Civil Veterinary Department. United Provinces 1912-22 - 1912-1922
Year: 1912
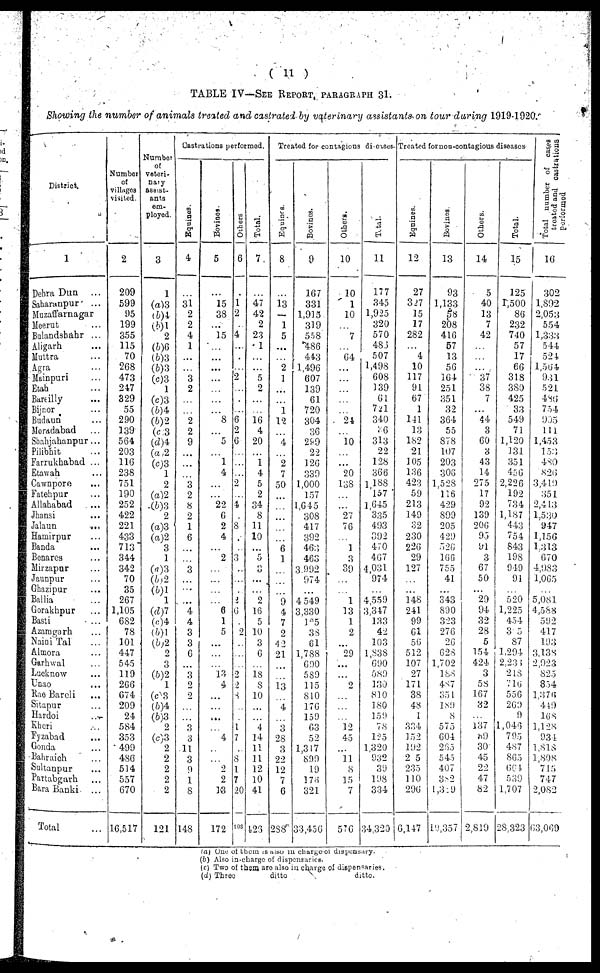
(11)
TABLE IV—SEE REPORT, PARAGRAPHS 31.
Showing the number of animals treated and castrated by vaterinary assistants on tour during 1919-1920.
District
1
Dehra Dun
...
Saharanpur
...
Muzaffarnagar
Meerut ...
Bulandshahr
...
Aligarh ...
Muttra ...
Agra ...
Mainpuri ...
Etah ...
Bareilly ...
Bijnor ...
Budaun ...
Moradabad ...
Snahjahanpur ...
Pilibhit ...
Farrukhabad ...
Etawah ...
Cawnpore ...
Fatehpur ...
Allahabad ...
Jhansi ...
Jalaun
...
Hamirpur ...
Banda ...
Benares ...
Mirzapur ...
Jaunpur ...
Ghazipur ...
Ballia ...
Gorakhpur ...
Basti
...
Azamgarh ...
Naini Tal ...
Minora ...
Garhwal ...
Lacknow ...
Unao ...
Rae Bareli ...
Sitapur ...
Hardoi ...
Kheri ...
Fyzabad ...
Gonda ...
Bahraich ...
Sultanpur ...
Partabgarh ...
Bara Bauki
...
Total ...
Number
of
villages
visited
2
209
599
95
199
355
115
70
268
473
247
329
55
290
139
564
203
11(5
238
751
190
252
422
221
433
713
344
342
70
35
267
1,105
682
78
101
447
545
119
266
674
209
24
584
353
499
486
514
557
670
16,517
Number
of
veteri-
nary
assist-
ants
em-
ployed.
3
1
(a)3
(b)4
(b)1
2
(b)6
(b)3
(b)3
(c)3
1
(c)3
(b)4
(b)2
(c) 3
(d)4
(a) 2
(c)3
1
2
(a)2
(b)3
2
(a)3
(a)2
3
1
(a)3
(b)2
(b1
1
(d)7
(c)4
(b)1
(b)2
2
3
(b)2
1
(c)3
(b)4
(b)3
2
(c)3
2
2
2
2
2
121
Castrations performed.
Equines.
4
31
2
2
4
1
...
...
3
2
...
...
2
2
9
...
...
...
3
2
8
2
1
6
...
...
...
...
...
...
4
4
3
3
6
...
3
2
2
...
...
3
3
11
3
9
1
8
148
Bovines.
5
15
38
...
15
...
...
...
...
...
...
...
8
...
5
...
1
4
...
...
22
6
2
4
...
2
...
...
...
...
6
1
5
...
....
...
13
4
....
...
...
.........
4
...
...
2
9
13
172
Others
6
1
2
...
4
...
..
2
...
....
...
6
2
6
...
...
...
2
...
4
8
...
...
...
...
...
...
2
6
2
...
2
2
8
...
...
1
7
...
8
1
7
20
193
Total.
7
47
42
2
23
1
...
..
5
2
...
...
16
4
20
...
1
4
5
2
34
8
11
10
...
5
a
...
...
2
16
5
10
3
6
...
18
8
10
...
...
4
14
11
11
12
10
41
123
Treated for contagions diseases.
Equines.
8
13
—
1
5
...
...
2
1
...
...
1
12
...
4
...
2
7
50
...
...
...
...
...
6
1
...
...
..
9
4
7
2
42
21
...
....
13
...
4
...
3
28
...
22
12
7
6
288
Bovines.
9
167
331
1,915
319
558
486
443
1,496
607
139
61
720
304
36
299
22
126
339
1,000
157
1,645
308
417
392
463
463
3.992
974
...
4 549
3,330
195
38
61
1,788
699
589
115
810
176
159
63
52
1,317
899
19
176
321
33,456
Others.
10
10
1
10
...
7
...
64
...
...
...
...
...
24
...
10
...
...
20
138
...
.....
27
76
...
1
3
39
...
...
1
13
1
2
29
...
...
2
...
...
...
12
45
...
11
8
15
7
576
TOTAL.
11
177
345
1,925
320
570
486
507
1,498
608
139
61
721
340
26
31.3
22
128
366
1 188
157
1 645
335
493
392
4.0
467
4,031
974
...
4,559
3,347
133
42
103
1,838
690
589
139
810
180
159
78
125
1.320
932
39
198
334
34,320
Treated for non-contagious diseases
Equines.
12
27
327
15
17
282
...
4
10
117
91
67
1
141
13
182
21
105
136
42:5
59
213
149
32
230
226
29
127
...
...
148
241
99
61
56
512
107
27
171
38
48
1
33,4
15 2
192
2 5
235
1 10
296
6,147
Bovines.
13
93
1,133
58
208
416
57
13
56
164
251
351
32
364
55
S78
107
203
306
1,528
116
429
899
205
4 29
526
166
755
41
...
343
890
323
276
26
628
1,7 02
188
487
351
189
8
575
604
265
545
407
382
1,329
19,357
Others.
14
5
40
13
7
42
...
...
...
37
3S
7
44
3
60
3
43
14
275
17
92
139
206
95
91
3
67
50
...
29
94
32
28
5
154
424 i
3
58
167
32
...
137
69
30
45
22
47
82
2,819
Total.
15
125
1,500
86
232
740
57
17
66
318
389
425
33
549
71
1,120
J31
351
456
2,226
192
734
1,187
443
754
843
198
919
91
...
520
1,225
454
35
87
1,294
2,233
218
716
556
269
9
1,046
795
487
865
664
539
1,707
28,323
Total number of cases
treated and castrations
16
302
1,892
2,053
554
1,333
544
524
1,564
9.51
524
486
754
995
111
1,453
153
489
826
3,419
351
2,413
1,530
947
1.156
1,313
670
4.9.83
1,065
...
5,081.
4,588
592
417
198
3,138
2.923
825
854
1,376
449
168
1,128
934
I.MS
1,898
715
747
2,082
03,069
(a) One of them is also In charge or dispensary.
(b) Also in-charge of dispensaries,
(c) Two of them are also in charge of dispensaries.
(d) Three
ditto
ditto.